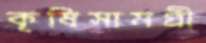
কৃষিসামগ্রী